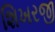
શિખરજી